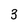
Character: 3